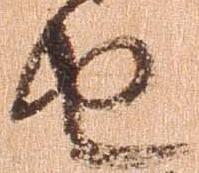
由